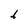
Character: 6